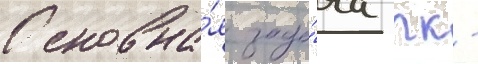
Основна́я зада́ча пк -